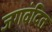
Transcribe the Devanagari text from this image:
जगवंदित